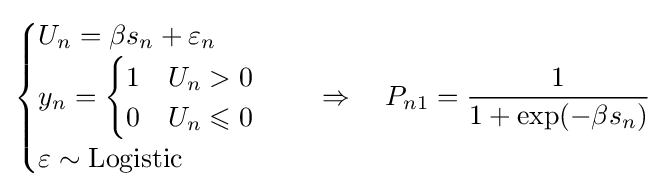
{\begin{cases}U_{n}=\beta s_{n}+\varepsilon _{n}\\y_{n}={\begin{cases}1&U_{n}>0\\0&U_{n}\leqslant 0\end{cases}}\\\varepsilon \sim {\text{Logistic}}\end{cases}}\quad \Rightarrow \quad P_{n1}={\frac {1}{1+\exp(-\beta s_{n})}}